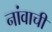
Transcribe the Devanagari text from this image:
नांवाचीं